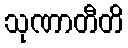
သုဏာတီတိ